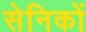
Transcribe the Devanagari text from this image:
सेनिकों